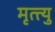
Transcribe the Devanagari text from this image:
मृत्त्यु